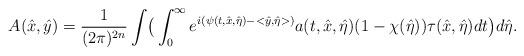
LaTeX: \begin{align*} A(\hat x,\hat y)=\frac{1}{(2\pi)^{2n}}\int\bigr(\int^{\infty}_0e^{i(\psi(t,\hat x,\hat\eta)-<\hat y,\hat\eta>)}a(t,\hat x,\hat\eta)(1-\chi(\hat\eta))\tau(\hat x,\hat\eta)dt\bigr)d\hat\eta.\end{align*}